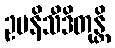
ဥပနိသီဒိတုန္တိ